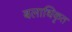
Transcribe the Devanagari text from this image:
बलाधिकृत